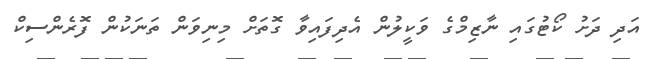
އަދި ދަށު ކޯޓުގައި ނާޒިމްގެ ވަކީލުން އެދިފައިވާ ގޮތަށް މިނިވަން ތަނަކުން ފޮރެންސިކް